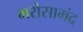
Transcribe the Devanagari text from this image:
भरोसामंद